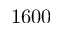
1 6 0 0